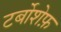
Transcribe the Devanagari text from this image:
टर्बोशेफ़